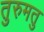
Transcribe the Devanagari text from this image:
तुरुमतु